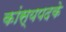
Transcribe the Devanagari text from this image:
कांस्यपदके